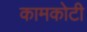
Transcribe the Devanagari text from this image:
कामकोटी